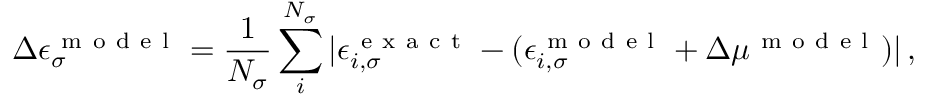
\Delta \epsilon _ { \sigma } ^ { \mathrm { ~ m ~ o ~ d ~ e ~ l ~ } } = \frac { 1 } { N _ { \sigma } } \sum _ { i } ^ { N _ { \sigma } } | \epsilon _ { i , \sigma } ^ { \mathrm { ~ e ~ x ~ a ~ c ~ t ~ } } - ( \epsilon _ { i , \sigma } ^ { \mathrm { ~ m ~ o ~ d ~ e ~ l ~ } } + \Delta \mu ^ { \mathrm { ~ m ~ o ~ d ~ e ~ l ~ } } ) | \, ,